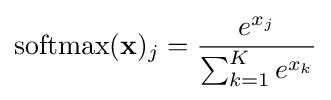
{\text{softmax}}(\mathbf {x} )_{j}={\frac {e^{x_{j}}}{\sum _{k=1}^{K}e^{x_{k}}}}